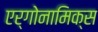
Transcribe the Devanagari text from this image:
एर्गोनामिक्स